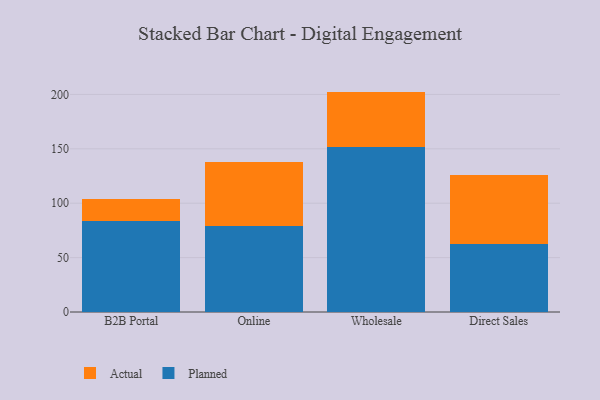
{"axis": {"x": "Channel", "y": "Active Users"}, "legend": ["Actual", "Planned"], "data": [{"x": "B2B Portal", "y": 83.9, "type": "Planned"}, {"x": "B2B Portal", "y": 19.8, "type": "Actual"}, {"x": "Online", "y": 79.5, "type": "Planned"}, {"x": "Online", "y": 58.5, "type": "Actual"}, {"x": "Wholesale", "y": 151.6, "type": "Planned"}, {"x": "Wholesale", "y": 51.0, "type": "Actual"}, {"x": "Direct Sales", "y": 62.2, "type": "Planned"}, {"x": "Direct Sales", "y": 63.6, "type": "Actual"}]}